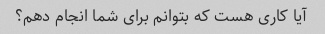
آیا کاری هست که بتوانم برای شما انجام دهم؟